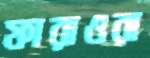
ফারাওরা